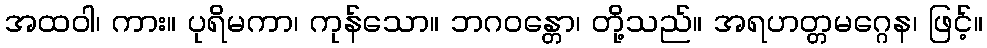
အထဝါ၊ ကား။ ပုရိမကာ၊ ကုန်သော။ ဘဂဝန္တော၊ တို့သည်။ အရဟတ္တမဂ္ဂေန၊ ဖြင့်။